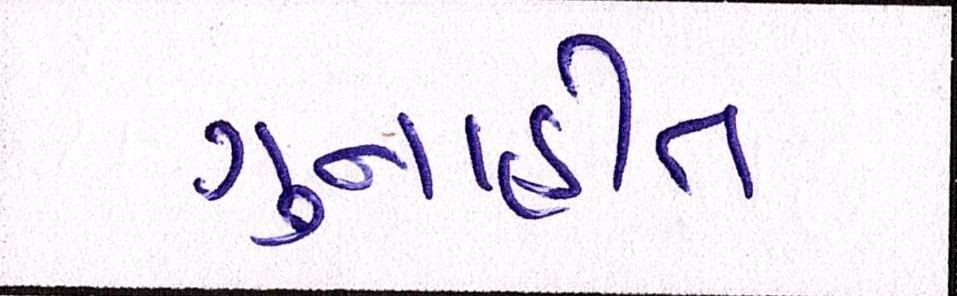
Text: ગુનાહીત